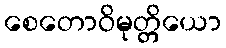
စေတောဝိမုတ္တိယော